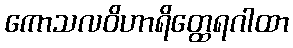
ကောသလဝိဟာရိတ္ထေရဂါထာ